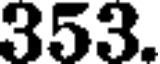
353.